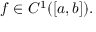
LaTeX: f \in C ^ { 1 } ( [ a , b ] ) .